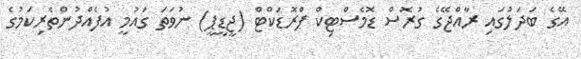
އޭގެ ބަދަލުގައި ރާއްޖޭގެ ގުރޮސް ޑޮމެސްޓިކް ޕްރޮޑަކްޓް (ޖީޑީޕީ) ނުވަތަ ގައުމީ އުފެއްދުންތެރިކަމުގެ